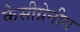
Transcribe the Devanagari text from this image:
कैसीग्रेनीय